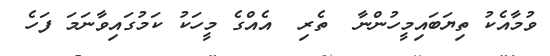
ވުމާއެކު ތިޔަބައިމީހުންނާ  ތެރި  އެއްގެ މީހަކު ކަމުގައިވާނަމަ ފަހެ